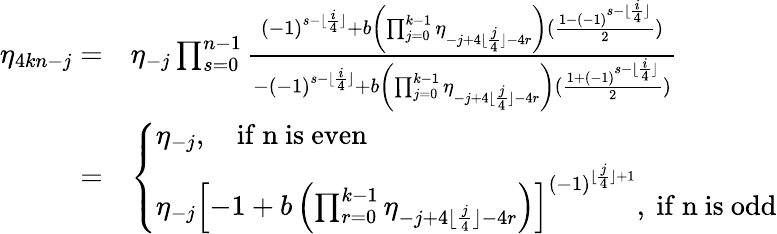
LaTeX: \begin{array}{rl}{\eta_{4kn-j}=}&{\eta_{-j}\prod_{s=0}^{n-1}\frac{(-1)^{s-\lfloor\frac{i}{4}\rfloor}+b\left(\prod_{j=0}^{k-1}{\eta_{-j+4\lfloor\frac{j}{4}\rfloor-4r}}\right)(\frac{1-(-1)^{s-\lfloor\frac{i}{4}\rfloor}}{2})}{-(-1)^{s-\lfloor\frac{i}{4}\rfloor}+b\left(\prod_{j=0}^{k-1}{\eta_{-j+4\lfloor\frac{j}{4}\rfloor-4r}}\right)(\frac{1+(-1)^{s-\lfloor\frac{i}{4}\rfloor}}{2})}}\\ {=}&{\left\{ \begin{array}{ll}{\eta_{-j},\quad\mathrm{if~n~is~even~}}\\ {\eta_{-j}\left[{-1+b\left(\prod_{r=0}^{k-1}{\eta_{-j+4\lfloor\frac{j}{4}\rfloor-4r}}\right)}\right]^{(-1)^{\lfloor\frac{j}{4}\rfloor+1}},\mathrm{~if~n~is~odd}}\end{array}\right.}\end{array}